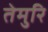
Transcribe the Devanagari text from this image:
तेमुरि